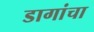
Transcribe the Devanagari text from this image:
डागांचा